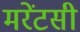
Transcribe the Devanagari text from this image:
मरेंटसी